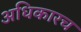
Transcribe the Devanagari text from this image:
अधिकारच